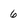
Character: 6